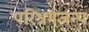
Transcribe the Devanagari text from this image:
परिश्रमजन्य